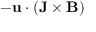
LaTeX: - \mathbf { u } \cdot ( \mathbf { J } \times \mathbf { B } )